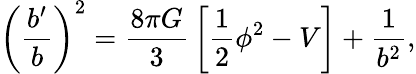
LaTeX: \left({\frac{b^{\prime}}{b}}\right)^{2}={\frac{8\pi G}{3}}\left[{\frac{1}{2}}\phi^{2}-V\right]+{\frac{1}{b^{2}}},